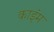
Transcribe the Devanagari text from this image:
काइंम